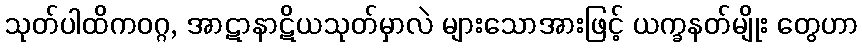
သုတ်ပါထိကဝဂ္ဂ, အာဋာနာဋိယသုတ်မှာလဲ များသောအားဖြင့် ယက္ခနတ်မျိုး တွေဟာ